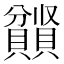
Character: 𫎤